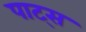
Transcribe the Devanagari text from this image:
पाट्स